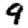
Digit: 9